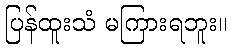
ပြန်ထူးသံ မကြားရဘူး။